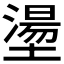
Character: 𡑑